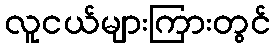
လူငယ်များကြားတွင်